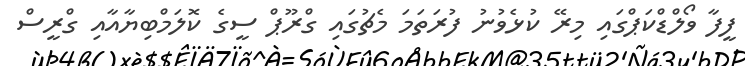
ފީފާ ވޯލްޑްކަޕްގައި މިރޭ ކުޅެވުނު ފުރަތަމަ މެޗުގައި ގްރޫޕް ސީގެ ކޮލަމްބިޔާއާއި ގްރީސް